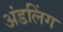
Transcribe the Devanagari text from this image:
अंडलिंग